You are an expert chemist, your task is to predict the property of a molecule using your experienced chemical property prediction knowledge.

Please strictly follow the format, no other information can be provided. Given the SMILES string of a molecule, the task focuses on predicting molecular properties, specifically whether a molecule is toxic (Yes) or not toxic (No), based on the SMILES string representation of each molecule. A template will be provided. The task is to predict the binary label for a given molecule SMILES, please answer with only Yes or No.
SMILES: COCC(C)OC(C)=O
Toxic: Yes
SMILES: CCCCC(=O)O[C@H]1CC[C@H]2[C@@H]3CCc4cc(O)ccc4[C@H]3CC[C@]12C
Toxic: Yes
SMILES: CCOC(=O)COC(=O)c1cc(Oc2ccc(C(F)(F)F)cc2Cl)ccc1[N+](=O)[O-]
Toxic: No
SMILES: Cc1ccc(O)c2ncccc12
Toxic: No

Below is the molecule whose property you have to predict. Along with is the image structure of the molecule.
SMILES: CC1CCN(CCCC(=O)c2ccc(F)cc2)CC1
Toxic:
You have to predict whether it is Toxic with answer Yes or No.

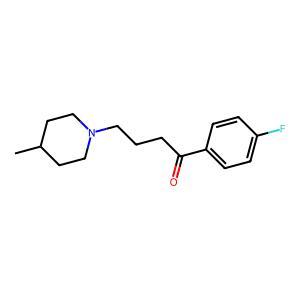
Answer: No